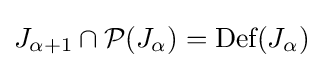
J_{\alpha +1}\cap {\mathcal {P}}(J_{\alpha })={\textrm {Def}}(J_{\alpha })